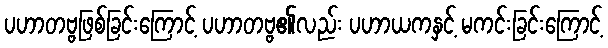
ပဟာတဗ္ဗဖြစ်ခြင်းကြောင့် ပဟာတဗ္ဗ၏လည်း ပဟာယကနှင့် မကင်းခြင်းကြောင့်